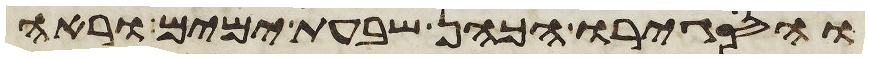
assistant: והסגירו הכהן שבעת ימים וראה